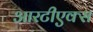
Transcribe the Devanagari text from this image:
आरटीएक्स